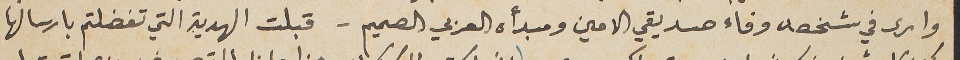
وارى في شخصه وفاء صديقي الامين ومبدأه العربي الصميم - قبلت الهدية التي تفضلتم بارسالها